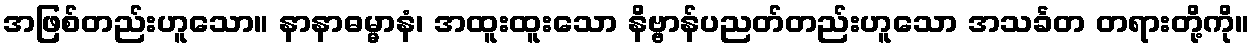
အဖြစ်တည်းဟူသော။ နာနာဓမ္မာနံ၊ အထူးထူးသော နိဗ္ဗာန်ပညတ်တည်းဟူသော အသင်္ခတ တရားတို့ကို။